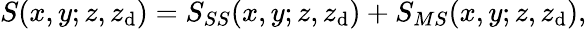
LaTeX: S(x,y;z,z_{\mathrm{d}})=S_{SS}(x,y;z,z_{\mathrm{d}})+S_{MS}(x,y;z,z_{\mathrm{d}}),